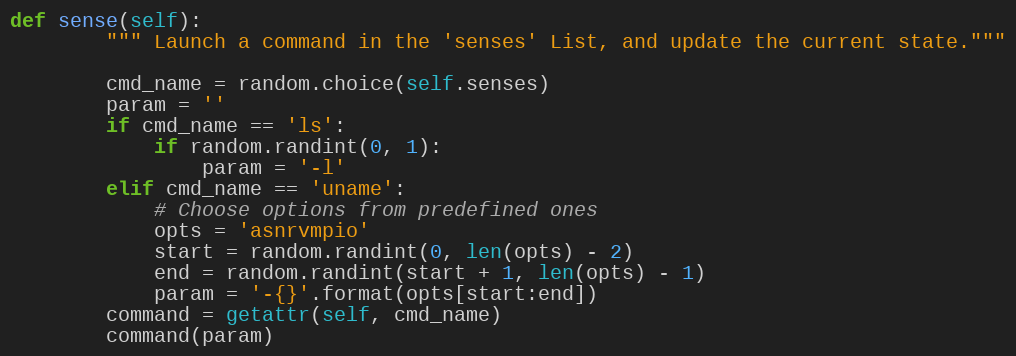
Language: Python
def sense(self):
        """ Launch a command in the 'senses' List, and update the current state."""

        cmd_name = random.choice(self.senses)
        param = ''
        if cmd_name == 'ls':
            if random.randint(0, 1):
                param = '-l'
        elif cmd_name == 'uname':
            # Choose options from predefined ones
            opts = 'asnrvmpio'
            start = random.randint(0, len(opts) - 2)
            end = random.randint(start + 1, len(opts) - 1)
            param = '-{}'.format(opts[start:end])
        command = getattr(self, cmd_name)
        command(param)